65_HS1-834228961_62-HQ-83894_Section_2
Agency: FBI
Page 99
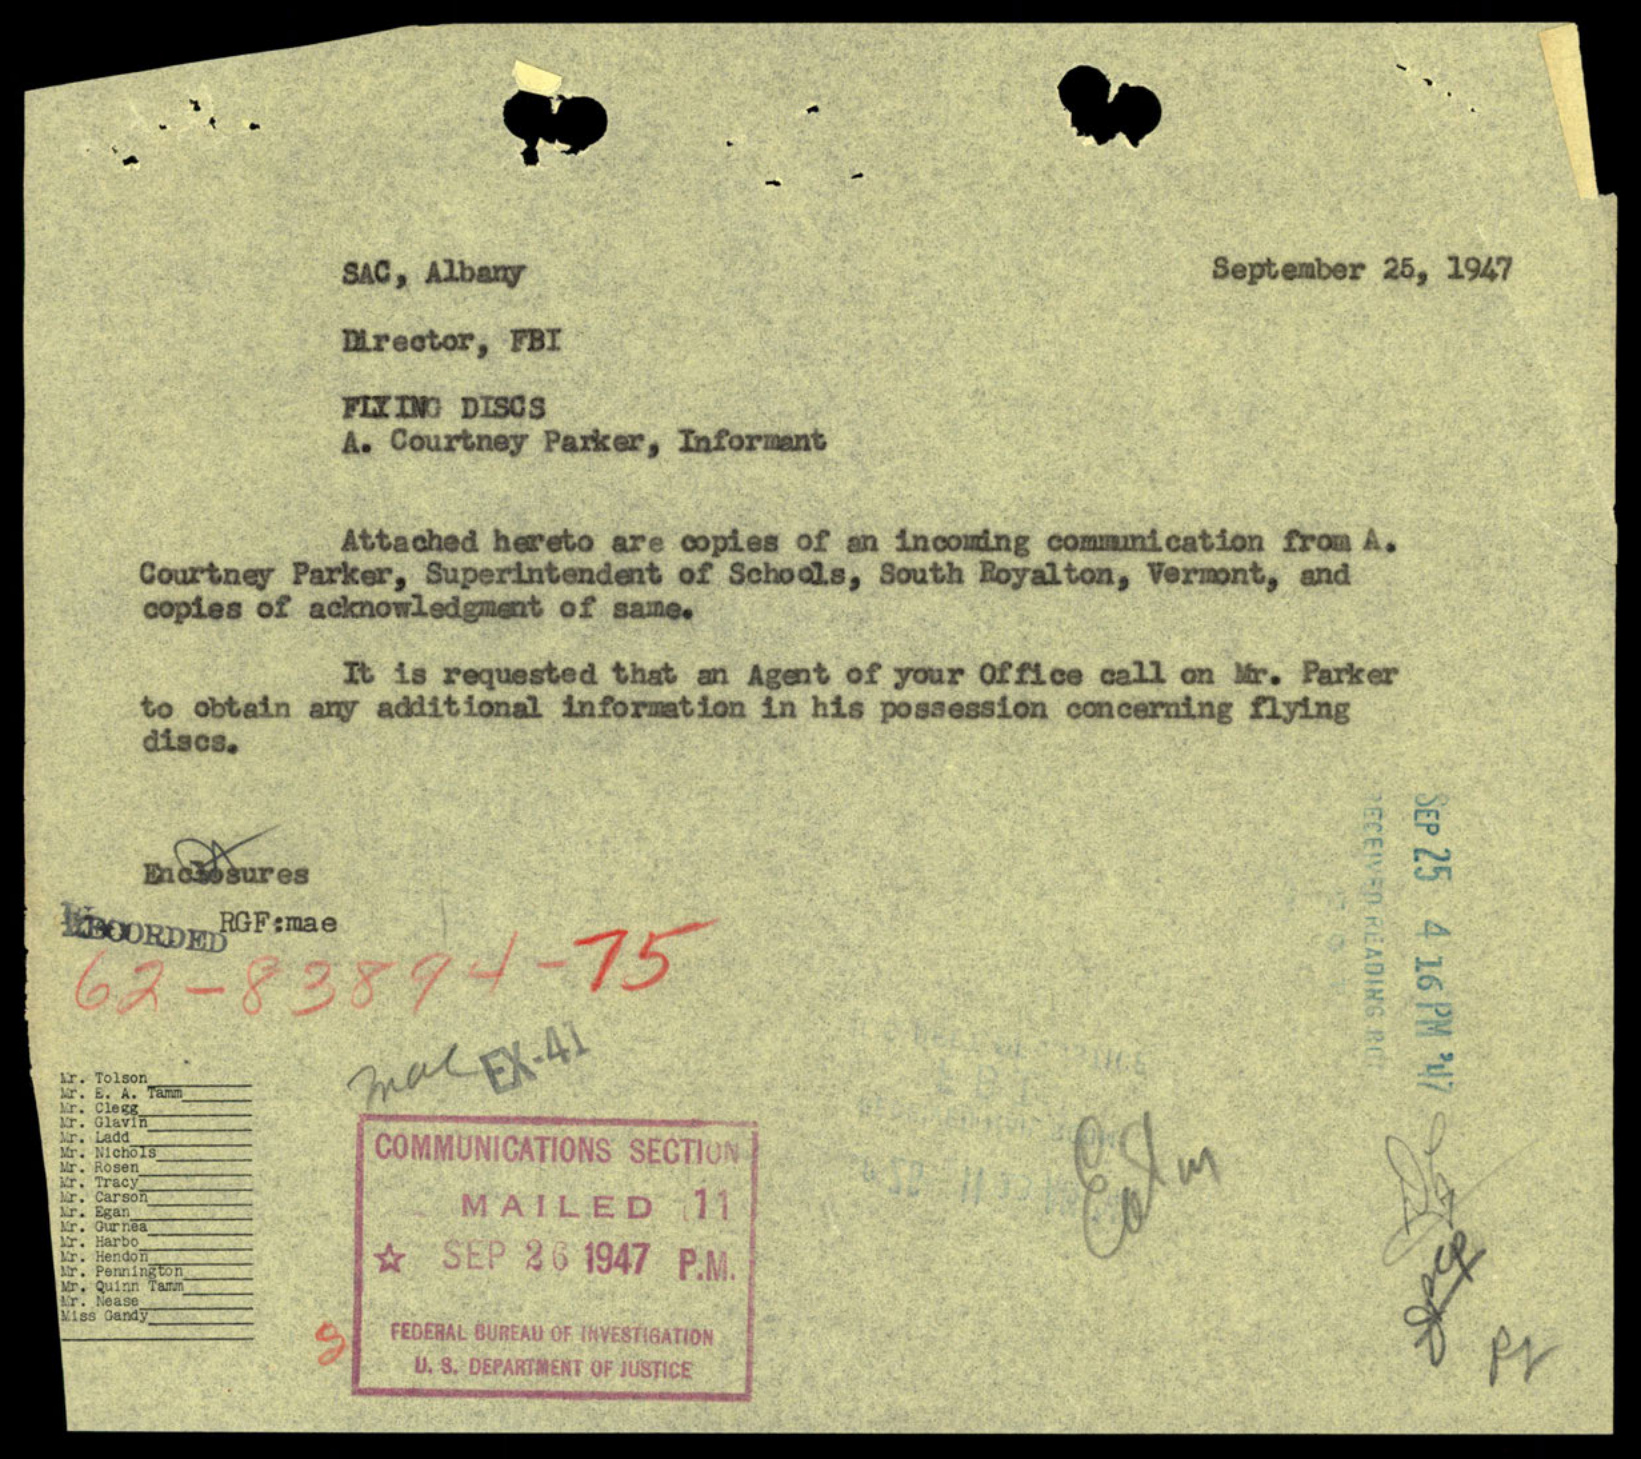